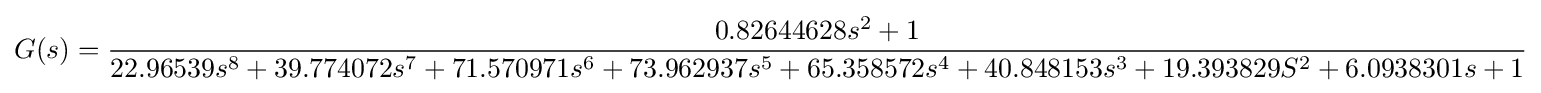
G(s)={\frac {0.82644628s^{2}+1}{22.96539s^{8}+39.774072s^{7}+71.570971s^{6}+73.962937s^{5}+65.358572s^{4}+40.848153s^{3}+19.393829S^{2}+6.0938301s+1}}